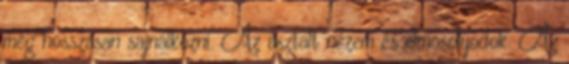
még hosszasan sajnálkozni. Az asztalt nézem és elmosolyodok. Az